Newspaper: The Wheeling daily register. [volume]
Place of publication: Wheeling, W. Va.
Publisher: Lewis Baker & O.S. Long
Date: 1870-01-28 00:00:00
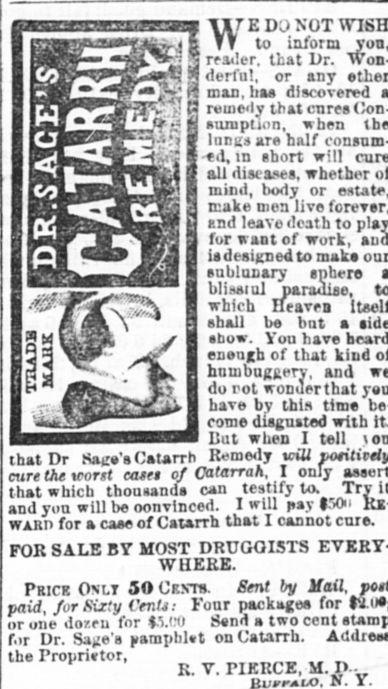
Advertisement text (OCR):
W fE DO NOT to inform reader, that Dr. derful, or any man. has discovered remedy that cures sumption, when liinus are half ed, in short will all diseases, whether mind, body or make men live snd leave death to for want of work, is designed to mak* sublunary sphere blisaiul which shall be bnt a ?bow. Vou have enough of that kind hnuibug^erv', and do rot wonder that have by this time come disgusted with But when I tell i that Dr Safe's Catarrh Remedy icili cure the wont catrt of Catarrah, I only that which thousands can testify to. Try and you will be oonvinced. I will pay ?-V>' wakii for a case of Cstarrh that I cannot cure. FOR SALE BY MOST DRUGOISTS WHERE. Prick Onlt SO CK.vrs. Sent by Mail, for Sixty t'er.lj: Four packages for or one dozen for i5.M> Sond a two cent f<ir Dr. Safe's para;>bl?t on Catarrh. the Propri?tor, R. Y. PIERCE, M. D-.
Label: illustrations